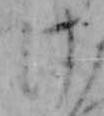
け